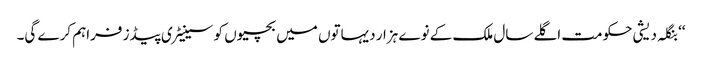
‘‘ بنگلہ دیشی حکومت اگلے سال ملک کے نوے ہزار دیہاتوں میں بچیوں کو سینیٹری پیڈز فراہم کرے گی۔